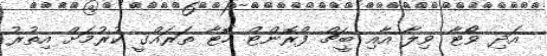
އަދި ވޯޓާ ވިލާ އާއި ބީޗް ފްރޮންޓް ހޮޓާ ތަރައްގީ ކުރުމަށް އިތުރު